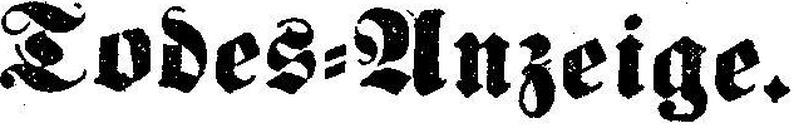
Todes=Anzeige.